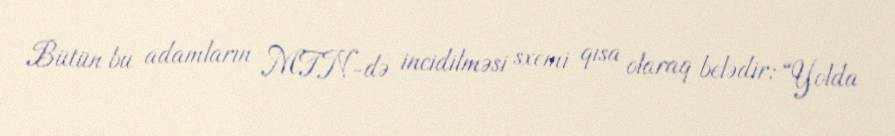
Bütün bu adamların MTN-də incidilməsi sxemi qısa olaraq belədir: “Yolda